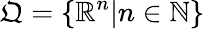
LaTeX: \mathfrak{Q}=\{ \mathbb{R}^{n}|n\in\mathbb{N}\}